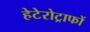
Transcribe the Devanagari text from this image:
हेटेरोट्राफों